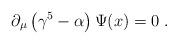
LaTeX: \begin{align*}\partial_\mu\left(\gamma^5-\alpha\right)\Psi (x)=0\;.\end{align*}